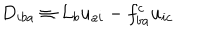
D _ { i b a } \equiv { \cal L } _ { b } u _ { a i } - f _ { b a } ^ { c } u _ { i c }